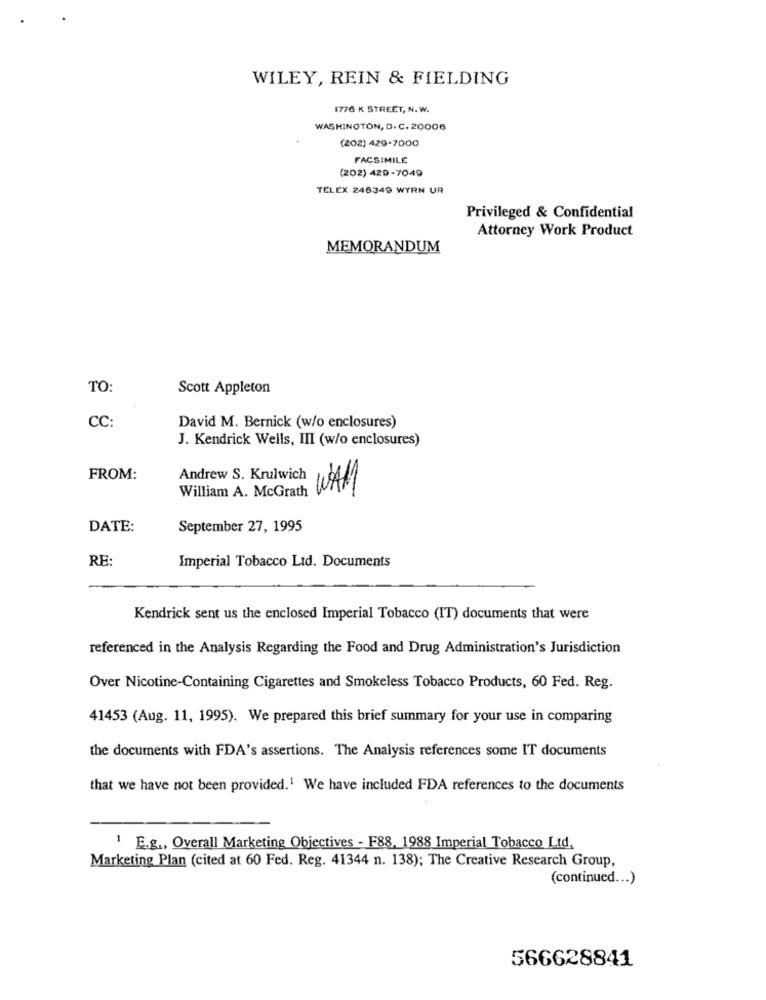
WILEY, REIN & FIELDING
1776 K STREET, N.W.
WASHINGTON, D. C. 20006
(202) 429-7000
FACSIMILE
(202) 420-7049
TELEX 246349 WYRN UR
Privileged & Confidential
Attorney Work Product
MEMORANDUM
TO:
Scott Appleton
CC:
David M. Bernick (w/o enclosures)
J. Kendrick Wells, III (w/o enclosures)
FROM:
Andrew S. Krulwich
William A. McGrath
WAM
DATE:
September 27, 1995
RE:
Imperial Tobacco Ltd. Documents
Kendrick sent us the enclosed Imperial Tobacco (IT) documents that were
referenced in the Analysis Regarding the Food and Drug Administration's Jurisdiction
Over Nicotine-Containing Cigarettes and Smokeless Tobacco Products, 60 Fed. Reg.
41453 (Aug. 11, 1995). We prepared this brief summary for your use in comparing
the documents with FDA's assertions. The Analysis references some IT documents
that we have not been provided.1 We have included FDA references to the documents
1 E.g ., Overall Marketing Objectives - F88, 1988 Imperial Tobacco Ltd.
Marketing Plan (cited at 60 Fed. Reg. 41344 n. 138); The Creative Research Group,
(continued ... )
566628841